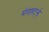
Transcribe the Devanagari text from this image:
मेगाहर्ट्झ्